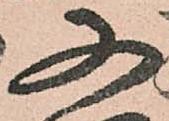
又